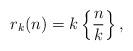
LaTeX: \begin{align*}r_k(n) = k \left\{\frac{n}{k}\right\},\end{align*}